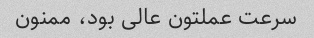
سرعت عملتون عالی بود، ممنون